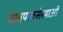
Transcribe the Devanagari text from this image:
सप्तपाकसंस्थाओं